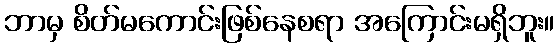
ဘာမှ စိတ်မကောင်းဖြစ်နေစရာ အကြောင်းမရှိဘူး။